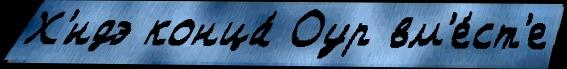
Х'́ндэ конца́ Оур вм'е́ст'е